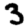
Digit: 3